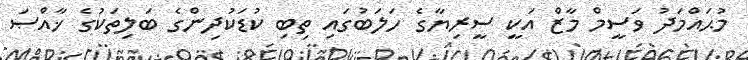
މުޙައްމަދު ވަސީމް މާޒް އަކީ ސީރިޔާގެ ހަލަބުގައި ތިބި ކުޑަކުދިންގެ ބަލިތަކުގެ ޚާއްޞަ